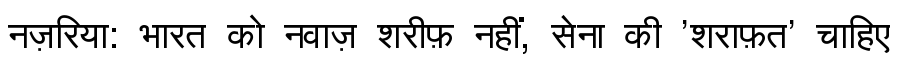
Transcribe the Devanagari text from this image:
नज़रिया: भारत को नवाज़ शरीफ़ नहीं, सेना की 'शराफ़त' चाहिए